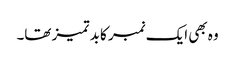
وہ بھی ایک نمبر کا بد تمیز تھا۔